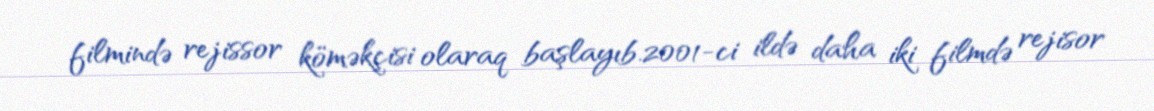
filmində rejissor köməkçisi olaraq başlayıb.2001-ci ildə daha iki filmdə rejisor